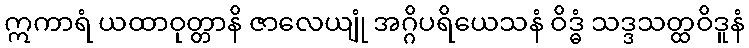
ဣကာရံ ယထာဝုတ္တာနိ ဇာလေယျုံ အဂ္ဂိပရိယေသနံ ဝိဒ္ဓံ သဒ္ဒသတ္ထဝိဒူနံ